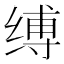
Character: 缚